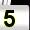
Digit: 5